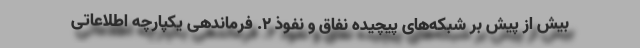
بیش از پیش بر شبکه‌های پیچیده نفاق و نفوذ ۲. فرماندهی یکپارچه اطلاعاتی